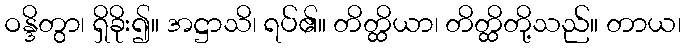
ဝန္ဒိတွာ၊ ရှိခိုး၍။ အဋ္ဌာသိ၊ ရပ်၏။ တိတ္ထိယာ၊ တိတ္ထိတို့သည်။ တာယ၊